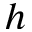
h